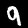
Label: 9